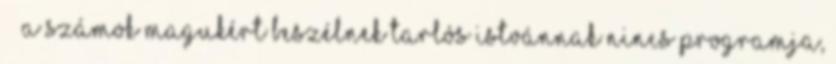
› ›A számok magukért beszélnek Tarlós Istvánnak nincs programja,